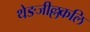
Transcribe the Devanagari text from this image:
थेङजील्लकलि